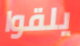
يلقوا